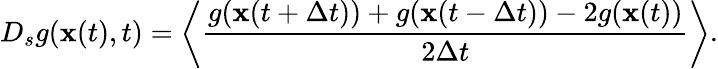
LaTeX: D_{s}g({\mathbf x}(t),t)=\left<\frac{g({\mathbf x}(t+\Delta t))+g({\mathbf x}(t-\Delta t))-2g({\mathbf x}(t))}{2\Delta t}\right>.